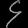
Digit: ၄